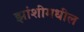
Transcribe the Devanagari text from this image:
झांशीमधील